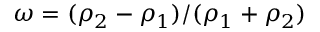
\omega = ( \rho _ { 2 } - \rho _ { 1 } ) / ( \rho _ { 1 } + \rho _ { 2 } )